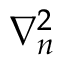
\nabla _ { n } ^ { 2 }